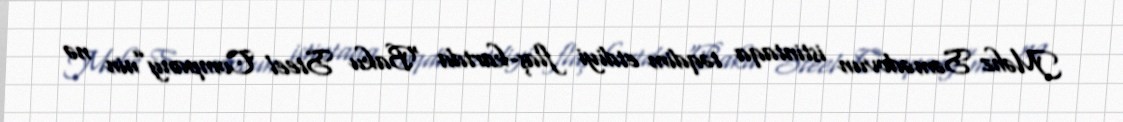
Məhz Səmədovun istintaqa təqdim etdiyi flaş-kartda “Baku Steel Company”nin nə